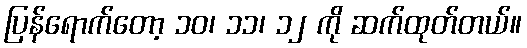
ပြန်ရောက်တော့ ၁၀၊ ၁၁၊ ၁၂ ကို ဆက်ထုတ်တယ်။